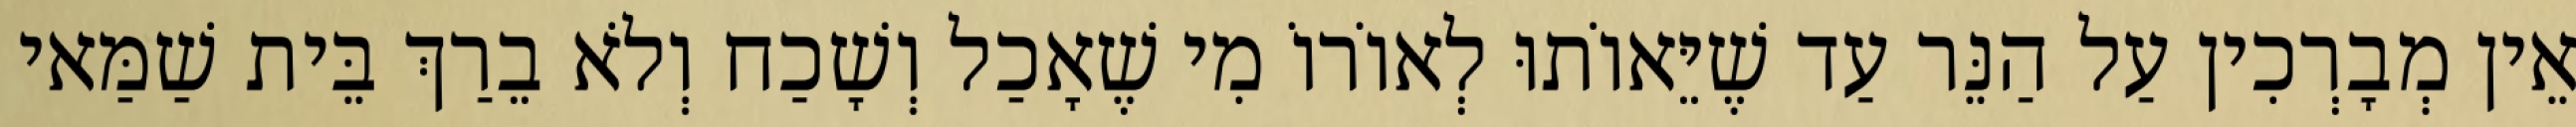
אֵין מְבָרְכִין עַל הַנֵּר עַד שֶׁיֵּאוֹתוּ לְאוֹרוֹ מִי שֶׁאָכַל וְשָׁכַח וְלֹא בֵרַךְ בֵּית שַׁמַּאי